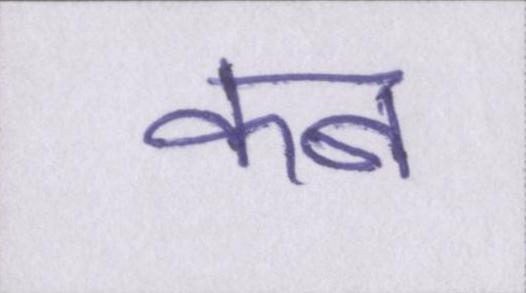
कब